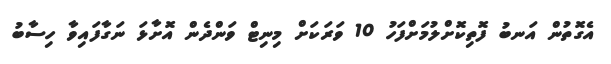
އެގޮތުން އަނބު ފޮތިކޮށްލުމަށްފަހު 10 ވަރަކަށް މިނިޓް ވަންދެން އޮށާޅަ ނަގާފައިވާ ހިސާބު